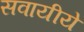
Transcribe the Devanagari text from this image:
सवायीये